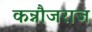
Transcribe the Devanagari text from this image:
कन्नौजराज